Indian journal of veterinary science and animal husbandry - Volumes 26-27, 1956-1957
Year: 1956
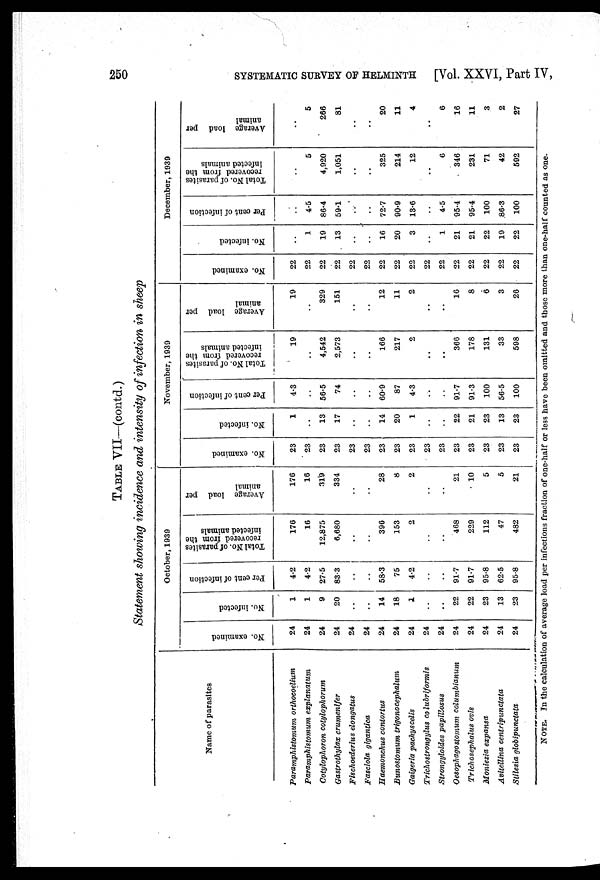
250 SYSTEMATIC SURVEY OF HELMINTH [Vol. XXVI, Part IV,
TABLE VII—(contd.)
Statement showing incidence and intensity of infection in sheep
Name of parasites
Paramphistomum orthocoelium
Paramphistomum
explanatum
Cotylophoron cotylophorum
Gastrothylax crumenifer
Fischoederius elongatus
Fasciola gigantica
Haemonchus contortus
Bunostomum trigonocephalum
Gaigeria pachyscelis
Trichostrongylus co lubriformis
Strongyloides papillosus
Oesophagostomum columbianum
Trichosephalus ovis
Moniezia expansa
Avitellina centripunctata
Stilesia globipunctata
October, 1939
No. examined
24
24
24
24
24
24
24
24
24
24
24
24
24
24
24
24
No. infected
1
1
9
20
..
..
14
18
1
..
..
22
22
23
13
23
Per cent of infection
4.2
4.2
27.5
83.3
..
..
58.3
75
4.2
..
..
91.7
91.7
95.8
62.5
95.8
Total No. of parasites
recovered from the
infected animals
176
16
12,875
6,680
..
..
396
153
2
..
..
468
229
112
47
482
Average load per
animal
176
16
319
334
..
..
28
8
2
..
..
21
10
5
5
21
November, 1939
No. examined
23
23
23
23
23
23
23
23
23
23
23
23
23
23
23
23
No. infected
1
..
13
17
..
..
14
20
1
..
..
22
21
23
13
23
Per cent of infection
4.3
..
56.5
74
..
..
60.9
87
4.3
..
..
91.7
91.3
100
56.5
100
Total No. of parasites
recovered from the
infected animals
19
..
4,542
2,573
..
..
166
217
2
..
..
366
178
131
33
598
Average load per
animal
19
..
329
151
..
..
12
11
2
..
..
16
8
6
3
26
December, 1939
No. examined
22
22
22
22
22
22
22
22
22
22
22
22
22
22
22
22
No. infected
..
1
19
13
..
..
16
20
3
..
1
21
21
22
19
22
Per cent of infection
..
4.5
86.4
59.1
..
..
72.7
90.9
13.6
..
4.5
95.4
95.4
100
86.3
100
Total No. of parasites
recovered from the
infected animals
..
5
4,920
1,051
..
..
325
214
12
..
6
346
231
71
42
592
Average load per
animal
..
5
266
81
..
..
20
11
4
..
6
16
11
3
2
27
NOTE. In the calculation of average load per infections fraction of one-half or less have been omitted and those more than one-half counted as one.